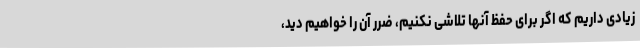
زیادی داریم که اگر برای حفظ آنها تلاشی نکنیم، ضرر آن را خواهیم دید،